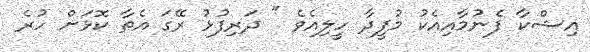
އިޝްކާ ފެނުމާއިއެކު މުފީދާ ހީލިއެވެ " ދަރިފުޅު ރޭގަ އެތާ ކޮޅަށް ހުރެ